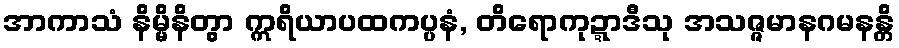
အာကာသံ နိမ္မိနိတွာ ဣရိယာပထကပ္ပနံ, တိရောကုဍ္ဍာဒီသု အသဇ္ဇမာနဂမနန္တိ